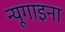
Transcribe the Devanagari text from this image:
न्यूगाइना